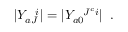
| Y _ { a J } ^ { \; \; \; i } | = | Y _ { a 0 } ^ { \; \; \; J ^ { c } i } | \; \; .